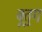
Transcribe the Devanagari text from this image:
बूतुग